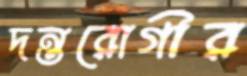
দন্তরোগীর